Vaccination North-Western Provinces and Oudh 1878-1895 - 1878-1895
Year: 1878
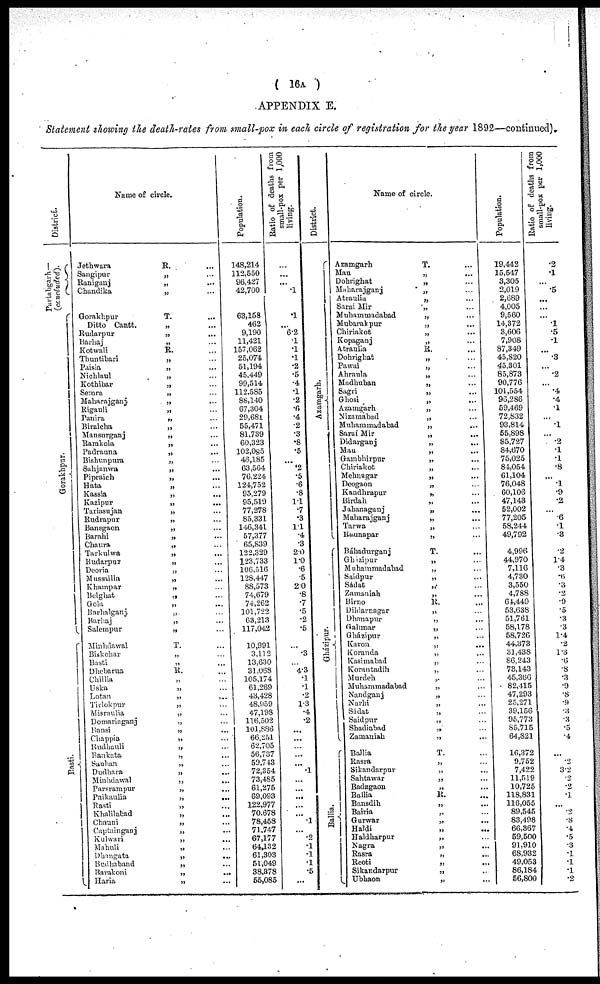
( 16A )
APPENDIX E.
Statement showing the death-rates from small-pox in each circle of registration for the year 1892—continued).
District.
Partabgarh—(concluded).
Gorakhpur.
Easti.
Name of circle.
Jethwara
R.
...
Sangipur
„
...
Raniganj
„ ...
Chandika
„ ...
Gorakhpur
T. ...
Ditto Cantt.
„ ...
Rudarpur
„ ...
Barhaj
„ ...
Kotwali
R. ...
Thuntibari „ ...
Paisia
„ ...
Nichlaul
„ ...
Kothibar
„ ...
Semra
„ ...
Maharajganj
„ ...
Rigauli
„ ...
Fanira „ ...
Biraicha
„ ...
Mansurganj
„
...
Ramkola
„
...
Padrauna
„
...
Bishunpura
„
...
Suhjanwa
„
...
Pipraich
„
...
Hata
„ ...
Kassia
„ ...
Kazipur
„ ...
Tariasujan
„ ...
Rudrapur
„
...
Bansgaon
„ ...
Barahi
„ ...
Chaura
„ ...
Tarkulwa
„ ...
Rudarpur
„ ...
Deoria
„ ...
Mussailla
„ ...
Khampar
„ ...
Belghat
„ ...
Gola
„
...
Barhalganj
„ ...
Barhaj
„ ...
Salempur
„
...
Minhdawal
T ...
Biskohar
„ ...
Basti „ ...
Dhebarua
R. ...
Chillia
„ ...
Uska
„ ...
Lotan
„ ...
Tirlokpur
„ ...
Misraulia
„ ...
Domariaganj
„ ...
Bansi
„ ...
Chappia
„ ...
Rudhauli
„ ...
Bankata
„ ...
Sauhan
„ ...
Dudhara
„ ...
Minhdawal
„
...
Parsrampur
„ ...
Paikaulia
„
...
Rasti
„ ...
Khalilabad
„ ...
Chauni
„ ...
Captainganj
„ ...
Kulwari
„ ...
Mahuli
„ ...
Dhangata
„
...
Budhaband
„ ...
Barakoni
„
...
Haria
„ ...
Population.
148,214
112,550
96,427
42,700
63,158
462
9,190
11,421
157,062
25,074
51,194
45,449
99,514
112,585
88,140
67,304
29,681
55,471
81,739
60,323
102,085
46,185
63,564
76,224
124,752
95,279
95,519
77,278
85,331
146,341
57,377
65,839
122,329
123,733
106,516
128,447
88,573
74,679
74,262
101,722
63,213
117,042
10,991
3,112
13,630
31,068
105,174
61,269
43,428
48,959
47,198
116,502
101,886
66,251
62,705
56,737
59,743
72,354
73,485
61,275
69,093
122,977
70,678
78,458
71,747
67,177
64,132
61,303
51,049
38,378
55,085
Ratio of deaths from
small-pox per 1,000
living.
...
...
...
.1
.1
...
6.2
.1
.1
.1
.2
.5
.4
.1
.2
.6 .4
.2
.3
.8
.5
...
.2
.5
.6
.8
1.1
.7
.3
1.1
.4
.3
2.0
1.0
.6
.5
2.0
.8
.7
.5
.2
.5
...
.3
...
4.3
.1
.1
.2
1.3
.4
.2
...
...
.1
...
...
.1
...
...
...
...
...
.1
...
.2
.1
.1
.1
.5
...
District.
Azamgarh.
Gházipur.
Ballia.
Name of circle.
Azamgarh
T. ...
Mau
„ ...
Dohrighat
„ ...
Maharajganj
„ ...
Atraulia
„ ...
Sarai Mir
„ ...
Muhammadabad
„ ...
Mubarak pur
„
...
Chiriakot
„ ...
Kopaganj
„ ...
Atraulia
R. ...
Dohrighat
„ ...
Pawai
„ ...
Ahraula
„ ...
Madhuban
„ ...
Sagri
„ ...
Ghosi
„ ...
Azamgarh
„ ...
Nizamabad
„ ...
Muhammadabad
„ ...
Saraí Mir
„
...
Didarganj
„
...
Mau
„ ...
Gambhirpur
„ ...
Chiriakot
„ ...
Mehnagar
„ ...
Deogaon
„ ...
Kandhrapur
„ ...
Birdah
„ ...
Jahanaganj
„ ...
Maharajganj
„ ...
Tarwa
„ ...
Raunapar
„ ...
Báhadurganj
T. ...
Ghazipur
„ ...
Muhammadabad
„ ...
Saidpur
„ ...
Sadat
„ ...
Zamaniah
„ ...
Birno
R. ...
Dildarnagar
„ ...
Dhanapur
„ ...
Gahmar
„ ...
Gházipur
„ ...
Karon
„ ...
Koranda
„ ...
Kasimabad
„ ...
Korantadih
„ ...
Murdeh „ ...
Muhammadabad
„ ...
Nandganj
„ ...
Narhi
„ ...
Sádat
„ ...
Saidpur
„ ...
Shadiabad
„
...
Zamaniah
„ ...
Ballia
T. ...
Rasra
„ ...
Sikandarpur
„ ...
Sahtawar
„ ...
Badagaon
„ ...
Ballia
R. ...
Bansdih
„ ...
Bairia
„ ...
Gurwar
„ ...
Haldi
„ ...
Haldharpur
„ ...
Nagra
„
...
Rasra
„ ...
Reoti
„
...
Sikandarpur
„ ...
Ubhaon
„ ...
Population.
19,442
15,547
3,305
2,019
2,689
4,005
9,560
14,372
3,606
7,908
87,349
45,820
45,301
85,873
90,776
101,554
96,286
59,469
72,832
93,814
55,898
85,727
84,670
75,025
84,054
61,104
76,048
60,106
47,143
52,002
77,205
58,244
49,792
4,996
44,970
7,116
4,730
3,550
4,788
64,449
53,638
51,761
58,178
58,726
44,373
31,438
86,243
73,143
45,366
82,415
47,293
25,271
39,156
95,773
85,715
64,821
16,372
9,752
7,422
11,519
10,752
118,831
116,055
89,545
83,498
66,367
59,500
91,910
68,932
49,053
86,184
56,800
Ratio
or deaths from
small-pox per 1,000
living.
.2
.1
...
.5
...
...
...
.1
.5
.1
...
.3
...
.2
.4
.4
.1
...
.1
...
.2
.1
.1
.8
...
.1
.9
.2
.6
.1
.3
.2
1.4
.3
.6
.3
.2
.9
.5 .3
.3
1.4
.2
1.3
.6
.8
.3
.9
.8 .9
.3
.3
.5
.4
...
.2
3.2
.2
.2
.1
...
.2
.8
.4
.5
.3
.1
.1
.1
.2